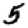
Digit: 5